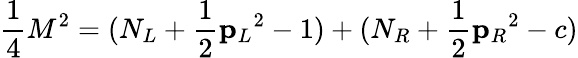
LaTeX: {\frac{1}{4}}M^{2}=(N_{L}+{\frac{1}{2}}{\mathbf p_{L}}^{2}-1)+(N_{R}+{\frac{1}{2}}{\mathbf p_{R}}^{2}-c)